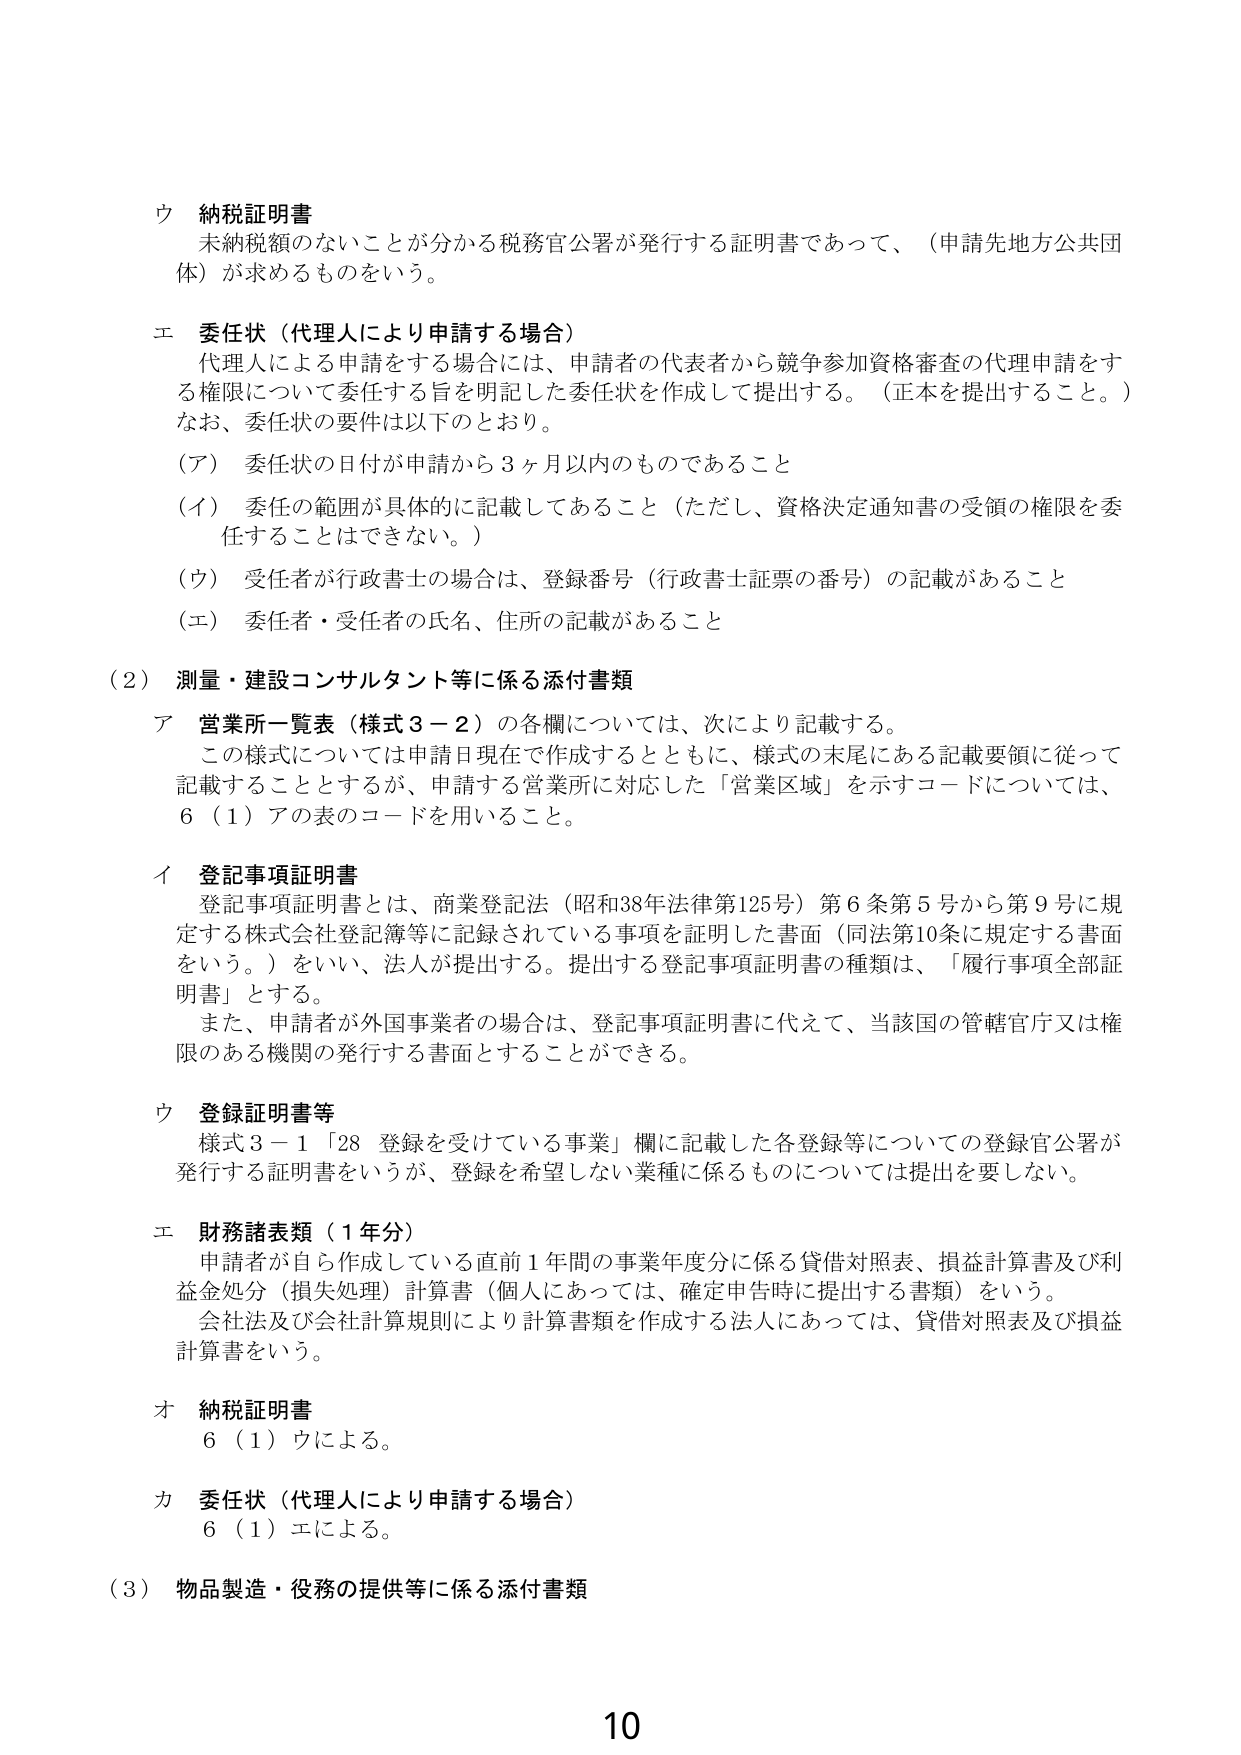
ウ 納税証明書
未納税額のないことが分かる税務官公署が発行する証明書であって、（申請先地方公共団体）が求めるものをいう。

エ 委任状（代理人により申請する場合）
代理人による申請をする場合には、申請者の代表者から競争参加資格審査の代理申請をする権限について委任する旨を明記した委任状を作成して提出する。（正本を提出すること。）
なお、委任状の要件は以下のとおり。
（ア） 委任状の日付が申請から３ヶ月以内のものであること
（イ） 委任の範囲が具体的に記載してあること（ただし、資格決定通知書の受領の権限を委任することはできない。）
（ウ） 受任者が行政書士の場合は、登録番号（行政書士証票の番号）の記載があること
（エ） 委任者・受任者の氏名、住所の記載があること

（２） 測量・建設コンサルタント等に係る添付書類
ア 営業所一覧表（様式３－２）の各欄については、次により記載する。
この様式については申請日現在で作成するとともに、様式の末尾にある記載要領に従って記載することとするが、申請する営業所に対応した「営業区域」を示すコードについては、６（１）アの表のコードを用いること。

イ 登記事項証明書
登記事項証明書とは、商業登記法（昭和38年法律第125号）第６条第５号から第９号に規定する株式会社登記簿等に記録されている事項を証明した書面（同法第10条に規定する書面をいう。）をいい、法人が提出する。提出する登記事項証明書の種類は、「履行事項全部証明書」とする。
また、申請者が外国事業者の場合は、登記事項証明書に代えて、当該国の管轄官庁又は権限のある機関の発行する書面とすることができる。

ウ 登録証明書等
様式３－１「28 登録を受けている事業」欄に記載した各登録等についての登録官公署が発行する証明書をいうが、登録を希望しない業種に係るものについては提出を要しない。

エ 財務諸表類（１年分）
申請者が自ら作成している直前１年間の事業年度分に係る貸借対照表、損益計算書及び利益金処分（損失処理）計算書（個人にあっては、確定申告時に提出する書類）をいう。
会社法及び会社計算規則により計算書類を作成する法人にあっては、貸借対照表及び損益計算書をいう。

オ 納税証明書
６（１）ウによる。

カ 委任状（代理人により申請する場合）
６（１）エによる。

（３） 物品製造・役務の提供等に係る添付書類

10